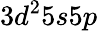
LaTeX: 3d^{2}5s5p